Vaccine operations Central Provinces & Berar 1922-1929 - 1922-1929
Year: 1922
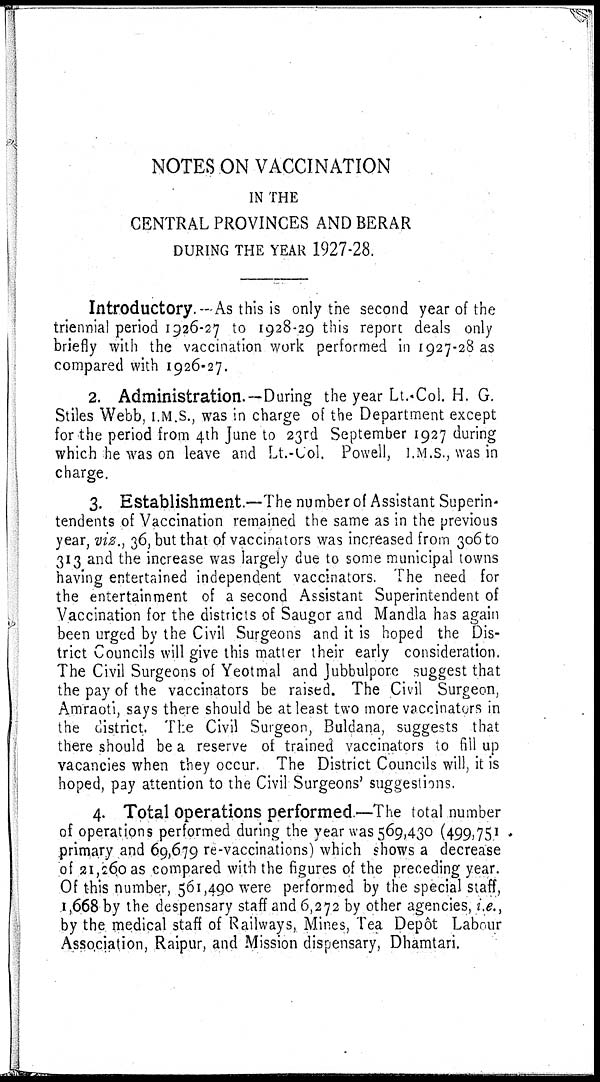
NOTES ON VACCINATION
IN THE
CENTRAL PROVINCES AND BERAR
DURING THE YEAR 1927-28.
Introductory.—As this is only the second year of the
triennial period 1926-27 to 1928-29 this report deals only
briefly with the vaccination work performed in 1927-28 as
compared with 1926-27.
2. Administration.—During the year Lt.-Col. H. G.
Stiles Webb, I.M.S., was in charge of the Department except
for the period from 4th June to 23rd September 1927 during
which he was on leave and Lt.-Col. Powell, I.M.S., was in
charge.
3. Establishment.—The number of Assistant Superin¬
tendents of Vaccination remained the same as in the previous
year, viz., 36, but that of vaccinators was increased from 306 to
313 and the increase was largely due to some municipal towns
having entertained independent vaccinators. The need for
the entertainment of a second Assistant Superintendent of
Vaccination for the districts of Saugor and Mandla has again
been urged by the Civil Surgeons and it is hoped the Dis-
trict Councils will give this matter their early consideration.
The Civil Surgeons of Yeotmal and Jubbulpore suggest that
the pay of the vaccinators be raised. The Civil Surgeon,
Amraoti, says there should be at least two more vaccinators in
the district. The Civil Surgeon, Buldana, suggests that
there should be a reserve of trained vaccinators to fill up
vacancies when they occur. The District Councils will, it is
hoped, pay attention to the Civil Surgeons' suggestions.
4. Total operations performed.—The total number
of operations performed during the year was 569,430 (499,751
primary and 69,679 re-vaccinations) which shows a decrease
of 21,260 as compared with the figures of the preceding year.
Of this number, 561,490 were performed by the special staff,
1,668 by the despensary staff and 6,272 by other agencies, i.e.,
by the medical staff of Railways, Mines, Tea Depôt Labour
Association, Raipur, and Mission dispensary, Dhamtari.